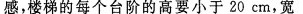
感，楼梯的每个台阶的高要小于20cm，宽